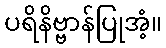
ပရိနိဗ္ဗာန်ပြုအံ့။